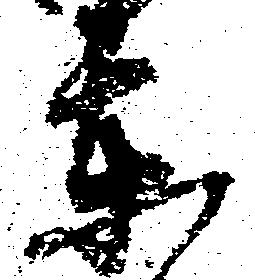
東